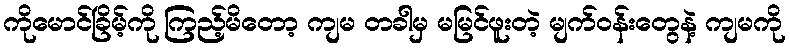
ကိုမောင်ခြိမ့်ကို ကြည့်မိတော့ ကျမ တခါမှ မမြင်ဖူးတဲ့ မျက်ဝန်းတွေနဲ့ ကျမကို